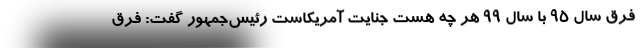
فرق سال 95 با سال 99 هر چه هست جنایت آمریکاست رئیس‌جمهور گفت: فرق